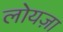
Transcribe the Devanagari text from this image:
लोयज़ा